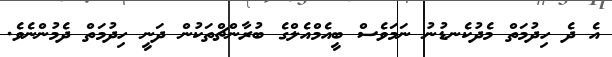
އެ ދެ ހިދުމަތް މެދުކެނޑުނު ނަމަވެސް ބީއެމްއެލްގެ ބުރާންޗްތަކުން ދަނީ ހިދުމަތް ދެމުންނެވެ.